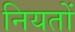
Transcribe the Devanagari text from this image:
नियतों